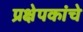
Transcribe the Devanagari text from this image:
प्रक्षेपकांचे